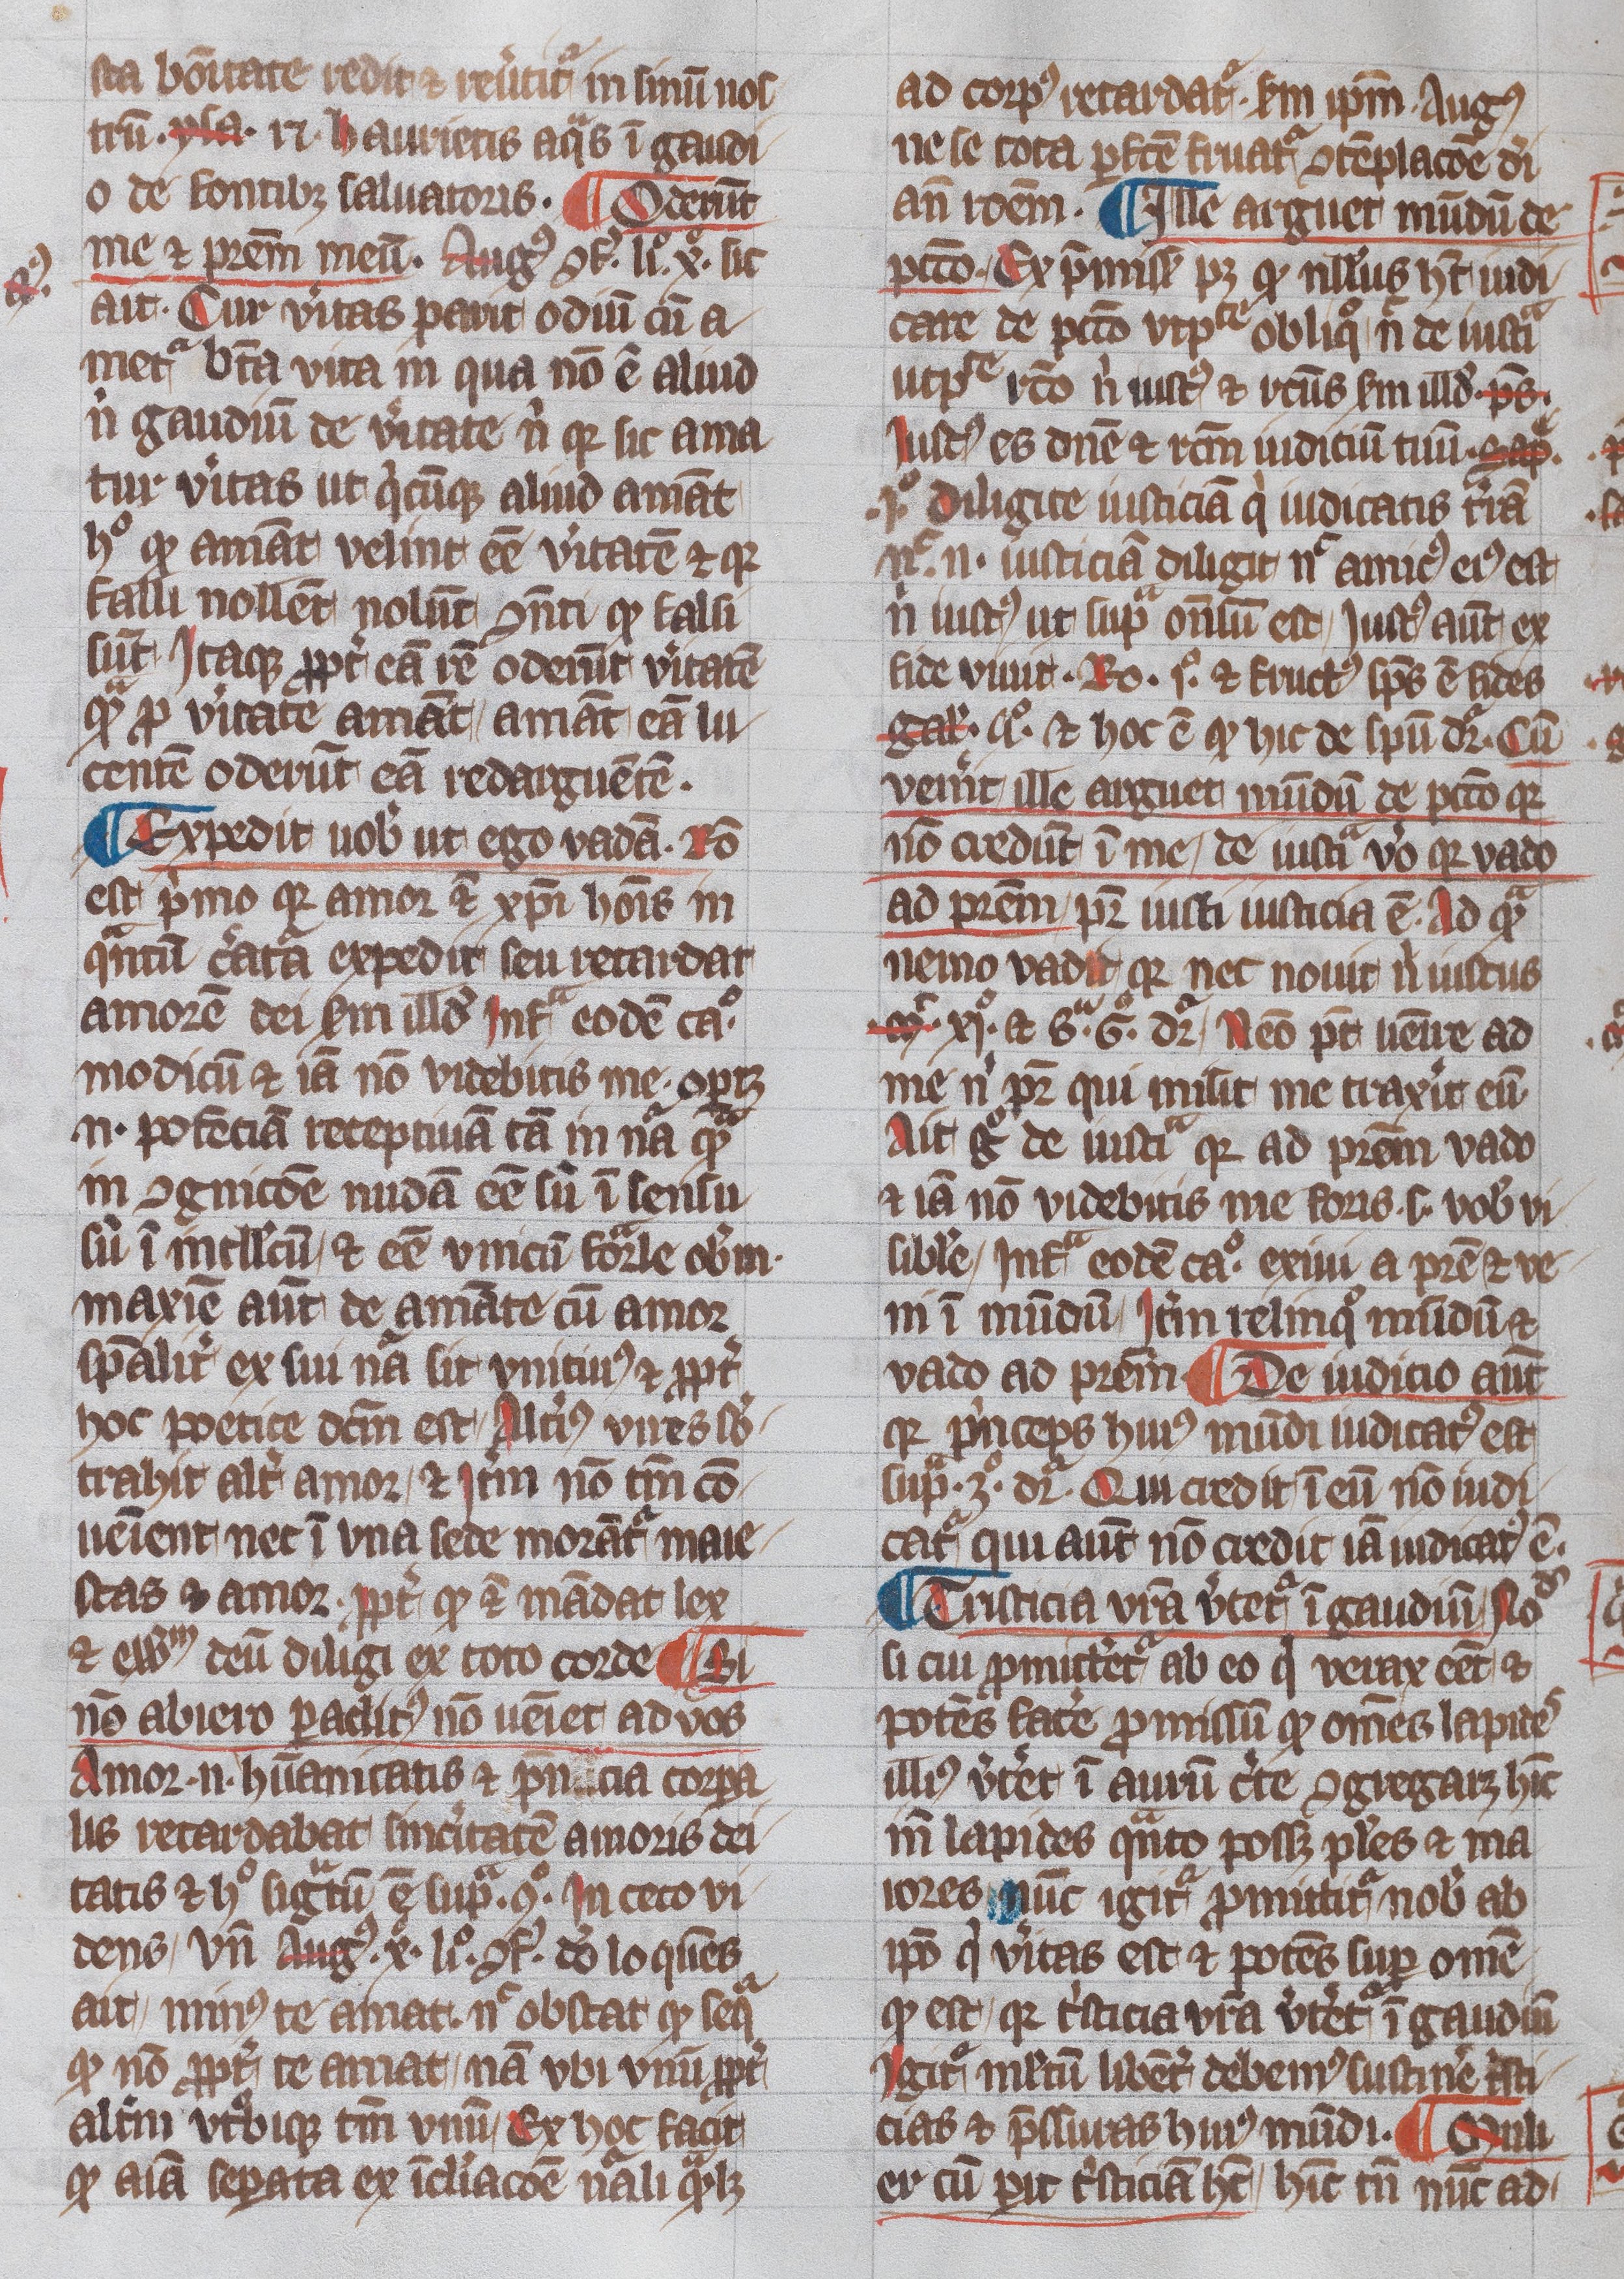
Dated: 1345–1355